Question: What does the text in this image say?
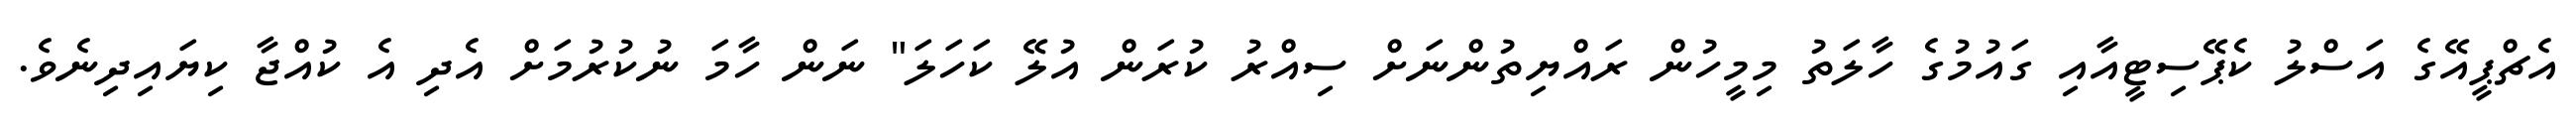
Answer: އެޗްޕީއޭގެ އަސްލު ކެޕޭސިޓީއާއި ގައުމުގެ ހާލަތު މިމީހުން ރައްޔިތުންނަށް ސިއްރު ކުރަން އުލޭ ކަހަލަ" ނަން ހާމަ ނުކުރުމަށް އެދި އެ ކުއްޖާ ކިޔައިދިނެވެ.